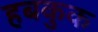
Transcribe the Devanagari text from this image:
हबकुक